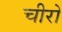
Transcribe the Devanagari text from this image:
चीरो